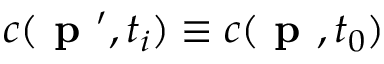
c ( \textbf { p } ^ { \prime } , t _ { i } ) \equiv c ( \textbf { p } , t _ { 0 } )